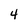
Character: 4